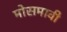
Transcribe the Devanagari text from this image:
मोसमावी